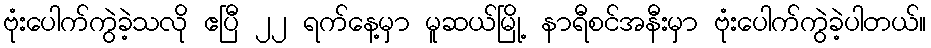
ဗုံးပေါက်ကွဲခဲ့သလို ဧပြီ ၂၂ ရက်နေ့မှာ မူဆယ်မြို့ နာရီစင်အနီးမှာ ဗုံးပေါက်ကွဲခဲ့ပါတယ်။